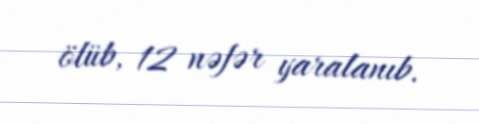
ölüb, 12 nəfər yaralanıb.